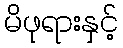
မိဖုရားနှင့်